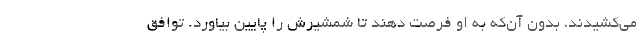
می‌کشیدند، بدون آن‌که به او فرصت دهند تا شمشیرش را پایین بیاورد. توافق